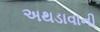
અથડાવાની